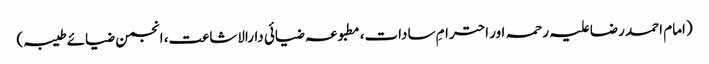
(امام احمد رضا علیہ رحمہ اور احترامِ سادات، مطبوعہ ضیائی دارالاشاعت، انجمن ضیائے طیبہ)